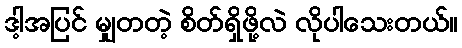
ဒါ့အပြင် မျှတတဲ့ စိတ်ရှိဖို့လဲ လိုပါသေးတယ်။